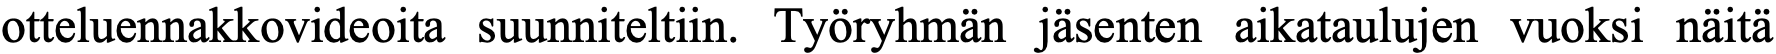
otteluennakkovideoita suunniteltiin. Työryhmän jäsenten aikataulujen vuoksi näitä